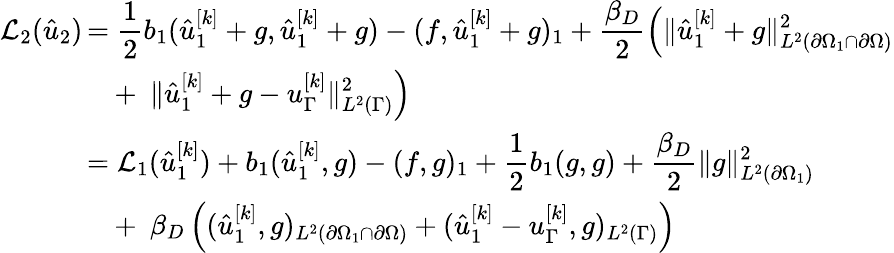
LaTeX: \begin{array}{cl}{\mathcal{L}_{2}(\hat{u}_{2})\! \! \! \! \! }&{=\displaystyle\frac 12b_{1}(\hat{u}_{1}^{[k]}+g,\hat{u}_{1}^{[k]}+g)-(f,\hat{u}_{1}^{[k]}+g)_{1}+\frac{\beta_{D}}{2}\Big(\lVert\hat{u}_{1}^{[k]}+g\rVert_{L^{2}(\partial\Omega_{1}\cap\partial\Omega)}^{2}}\\ &{\displaystyle\ \ \ +\ \lVert\hat{u}_{1}^{[k]}+g-u_{\Gamma}^{[k]}\rVert_{L^{2}(\Gamma)}^{2}\Big)}\\ &{\displaystyle=\mathcal{L}_{1}(\hat{u}_{1}^{[k]})+b_{1}(\hat{u}_{1}^{[k]},g)-(f,g)_{1}+\frac 12b_{1}(g,g)+\frac{\beta_{D}}{2}\lVert g\rVert_{L^{2}(\partial\Omega_{1})}^{2}}\\ &{\displaystyle\ \ \ +\ \beta_{D}\left((\hat{u}_{1}^{[k]},g)_{L^{2}(\partial\Omega_{1}\cap\partial\Omega)}+(\hat{u}_{1}^{[k]}-u_{\Gamma}^{[k]},g)_{L^{2}(\Gamma)}\right)}\end{array}